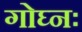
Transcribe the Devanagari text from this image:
गोघ्नः